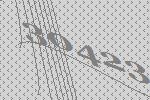
30423